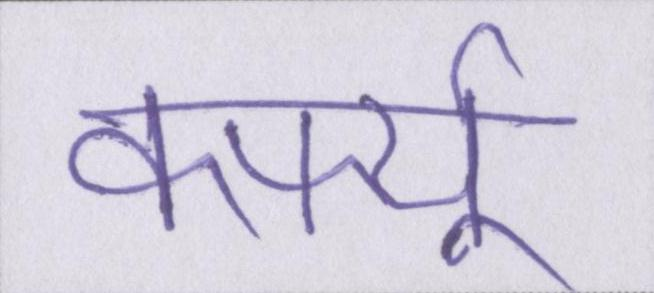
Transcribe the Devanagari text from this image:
कर्फ्यू